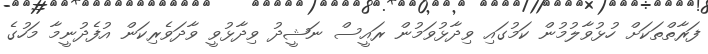
ފަރާތްތަކަށް ހުޅުވާލުމުން ކަމުގައި ވިދާޅުވަމުން ރައީސް ނަޝީދު ވިދާޅުވީ ވާދަވެރިކަން އުފެދުނީމާ މަހުގެ